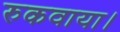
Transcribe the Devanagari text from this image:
रुकवाया।